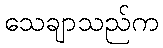
သေချာသည်က